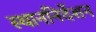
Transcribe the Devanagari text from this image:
स्थाननिर्देशन